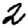
Digit: 2